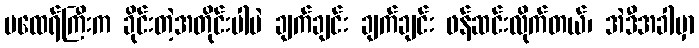
မထေရ်ကြီးက ခိုင်းတဲ့အတိုင်းပါပဲ ချက်ချင်း ချက်ချင်း ဖန်ဆင်းလိုက်တယ်၊ အဲဒီအခါမှာ